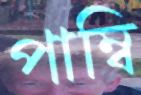
পাম্বি